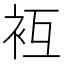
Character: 𧘢